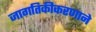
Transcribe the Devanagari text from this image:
जागतिकीकरणाने